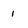
Character: 1